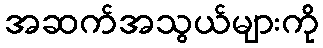
အဆက်အသွယ်များကို